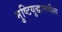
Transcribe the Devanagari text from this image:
मुष्टियुद्धामधील